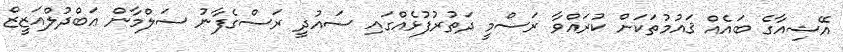
އޭޝިއާގެ ބައެއް ޤައުމުތަކަށް ކުރައްވާ ރަސްމީ ދަތުރުފުޅެއްގައި ސައުދީ ރަސްގެފާނު ސަލްމާން ޢަބްދުލްއަޒީޒް